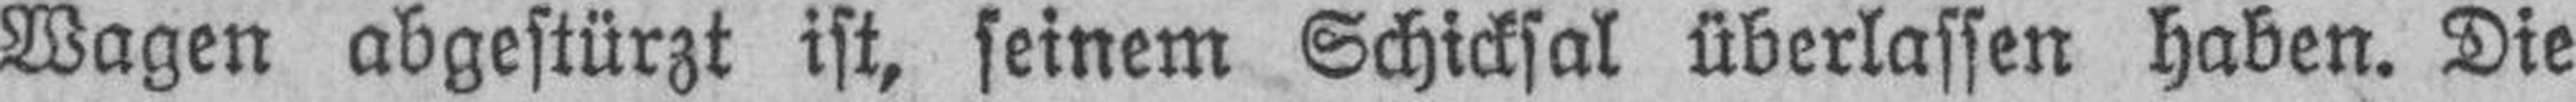
Wagen abgestürzt ist, seinem Schicksal überlassen haben. Die